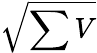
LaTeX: \sqrt{\sum V}